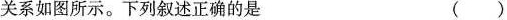
关系如图所示。下列叙述正确的是 ()